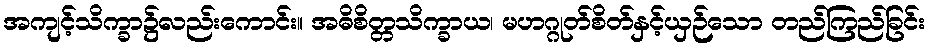
အကျင့်သိက္ခာ၌လည်းကောင်း။ အဓိစိတ္တသိက္ခာယ၊ မဟဂ္ဂုတ်စိတ်နှင့်ယှဉ်သော တည်ကြည်ခြင်း